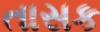
તાસક